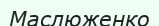
Маслюженко